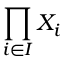
\prod _ { i \in I } X _ { i }